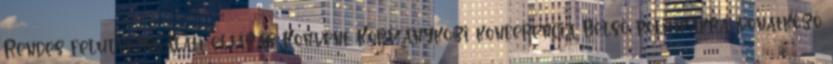
Rendes felülvizsgálati eljárás Konvent Kormányközi konferencia Belső politikákra vonatkozó